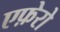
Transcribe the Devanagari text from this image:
एफ़ेरो